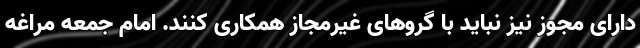
دارای مجوز نیز نباید با گروهای غیرمجاز همکاری کنند. امام جمعه مراغه